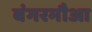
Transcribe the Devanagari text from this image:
बंगरमौआ